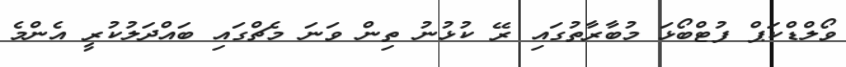
ވޯލްޑްކަޕް ފުޓްބޯޅަ މުބާރާތުގައި ރޭ ކުޅުނު ތިން ވަނަ މެޗްގައި ބައްދަލުކުރީ އެންމެ